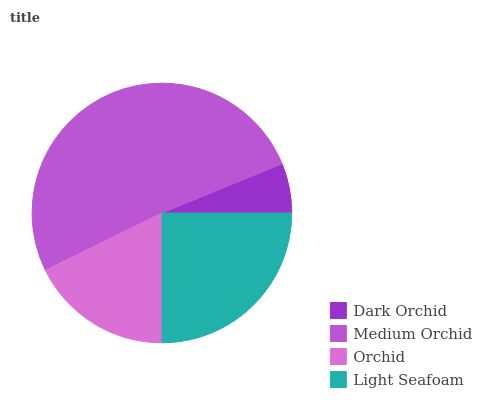
| Dark Orchid | Medium Orchid | Orchid | Light Seafoam |
 | --- | --- | --- | --- |
 | 6.17% | 51% | 17.8% | 25% |